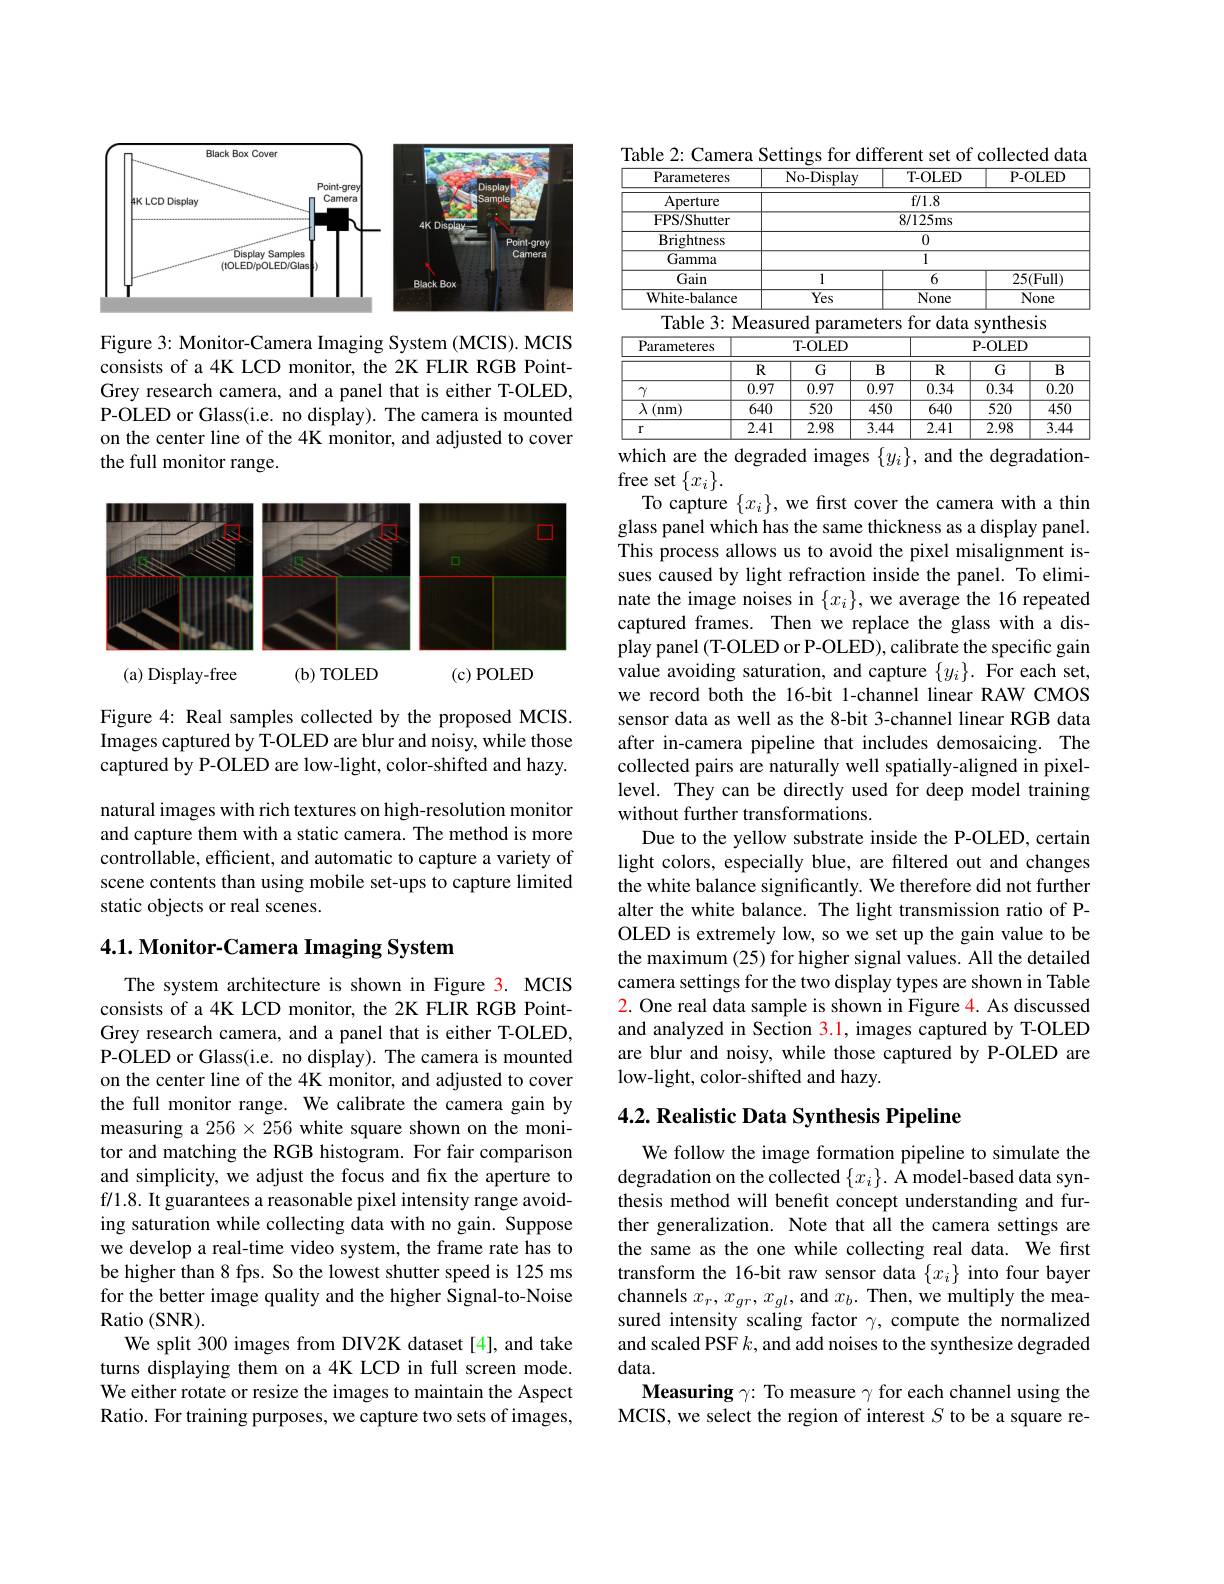
<FigureHere>

Figure 3: Monitor-Camera Imaging System (MCIS). MCIS consists of a 4K LCD monitor, the 2K FLIR RGB PointGrey research camera, and a panel that is either T-OLED, P-OLED or Glass(i.e. no display). The camera is mounted on the center line of the 4K monitor, and adjusted to cover the full monitor range.

<FigureHere>

Figure 4: Real samples collected by the proposed MCIS. Images captured by T-OLED are blur and noisy, while those captured by P-OLED are low-light, color-shifted and hazy.

natural images with rich textures on high-resolution monitor and capture them with a static camera. The method is more controllable, efficient, and automatic to capture a variety of scene contents than using mobile set-ups to capture limited static objects or real scenes.

4.1. Monitor-Camera Imaging System

The system architecture is shown in Figure 3. MCIS consists of a 4K LCD monitor, the 2K FLIR RGB PointGrey research camera, and a panel that is either T-OLED, P-OLED or Glass(i.e. no display). The camera is mounted on the center line of the 4K monitor, and adjusted to cover the full monitor range. We calibrate the camera gain by measuring a $256\times256$ white square shown on the monitor and matching the RGB histogram. For fair comparison and simplicity, we adjust the focus and fix the aperture to f/1.8. It guarantees a reasonable pixel intensity range avoiding saturation while collecting data with no gain. Suppose we develop a real-time video system, the frame rate has to be higher than 8 fps. So the lowest shutter speed is 125 ms for the better image quality and the higher Signal-to-Noise Ratio ( SNR) .
We split 300 images from DIV2K dataset[4], and take turns displaying them on a 4K LCD in full screen mode. We either rotate or resize the images to maintain the Aspect Ratio. For training purposes, we capture two sets of images,

<table>
	<tbody>
		<tr>
			<th>Parameteres</th>
			<th> </th>
			<th>${\overline{{\mathrm{No-Display}}}}$</th>
			<th> </th>
			<th>T- OLED</th>
			<th>$P-$</th>
			<th>$OLED$</th>
		</tr>
		<tr>
			<td>Aperture</td>
			<td> </td>
			<td> </td>
			<td> </td>
			<td>$f/1.8$</td>
			<td> </td>
			<td> </td>
		</tr>
		<tr>
			<td>FPS/Shutter</td>
			<td> </td>
			<td> </td>
			<td>$\overline{8}$</td>
			<td colspan="3">8/125ms</td>
		</tr>
		<tr>
			<td>Brightness</td>
			<td> </td>
			<td> </td>
			<td colspan="4">0</td>
		</tr>
		<tr>
			<td>Gamma</td>
			<td> </td>
			<td> </td>
			<td colspan="4">1</td>
		</tr>
		<tr>
			<td>Gain</td>
			<td> </td>
			<td>1</td>
			<td> </td>
			<td>6</td>
			<td>25</td>
			<td>$\overline{5(\text{Full})}$</td>
		</tr>
		<tr>
			<td>White-balance</td>
			<td> </td>
			<td>$\overline{\mathrm{Yes}}$</td>
			<td> </td>
			<td>None</td>
			<td>$\overline{\Gamma}$</td>
			<td>None</td>
		</tr>
		<tr>
			<td>${\mathrm{Table~3:N}}$</td>
			<td>Veast</td>
			<td>red param</td>
			<td>eters</td>
			<td>for data</td>
			<td>synthe</td>
			<td>Sis</td>
		</tr>
		<tr>
			<td>Parameteres</td>
			<td> </td>
			<td>T- OLED</td>
			<td colspan="4">P-OLED</td>
		</tr>
		<tr>
			<td> </td>
			<td>$R$</td>
			<td>G</td>
			<td>$B$</td>
			<td>$R$</td>
			<td>G</td>
			<td>$B$</td>
		</tr>
		<tr>
			<td>$\gamma$</td>
			<td>0.97</td>
			<td>0.97</td>
			<td>0.97</td>
			<td>0.34</td>
			<td>0.34</td>
			<td>0.20</td>
		</tr>
		<tr>
			<td>$\overline{\lambda\left(\mathrm{nm}\right)}$</td>
			<td>640</td>
			<td>520</td>
			<td>450</td>
			<td>640</td>
			<td>520</td>
			<td>450</td>
		</tr>
		<tr>
			<td>$r$</td>
			<td>2.41</td>
			<td>2.98</td>
			<td>3.44</td>
			<td>2.41</td>
			<td>2.98</td>
			<td>3.44</td>
		</tr>
	</tbody>
</table>
which are the degraded images $\{y_i\}$, and the degradation-

free set $\{x_i\}.$
To capture $\{x_i\}$, we frst cover the camera with a thin glass panel which has the same thickness as a display panel. This process allows us to avoid the pixel misalignment issues caused by light refraction inside the panel. To eliminate the image noises in $\{x_i\}$, we average the 16 repeated captured frames. Then we replace the glass with a display panel (T-OLED or P-OLED), calibrate the specific gain value avoiding saturation, and capture $\{y_i\}.$ For each set, we record both the 16-bit 1-channel linear RAW CMOS sensor data as well as the 8-bit 3-channel linear RGB data after in-camera pipeline that includes demosaicing. The collected pairs are naturally well spatially-aligned in pixellevel. They can be directly used for deep model training without further transformations.
Due to the yellow substrate inside the P-OLED, certain light colors, especially blue, are filtered out and changes the white balance significantly. We therefore did not further alter the white balance. The light transmission ratio of POLED is extremely low, so we set up the gain value to be the maximum (25) for higher signal values. All the detailed camera settings for the two display types are shown in Table 2. One real data sample is shown in Figure 4. As discussed and analyzed in Section 3.1, images captured by T-OLED are blur and noisy, while those captured by P-OLED are low-light, color-shifted and hazy.

## 4.2. Realistic Data Synthesis Pipeline

We follow the image formation pipeline to simulate the degradation on the collected $\{x_i\}.$ A model-based data synthesis method will benefit concept understanding and further generalization. Note that all the camera settings are the same as the one while collecting real data. We first transform the 16- bit raw sensor data $\{ x_{i}\}$ into four bayer channels $x_{r}, x_{gr}, x_{gl}$,and $x_{b}.$ Then, we multiply the measured intensity scaling factor $\gamma$, compute the normalized and scaled PSF $k$, and add noises to the synthesize degraded data.
Measuring $\gamma$: To measure $\gamma$ for each channel using the MCIS, we select the region of interest $S$ to be a square re-